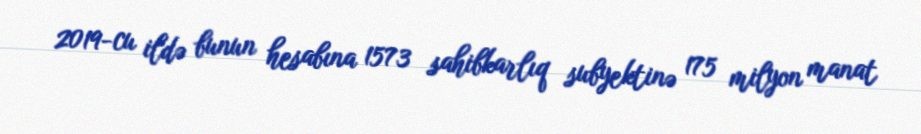
2019-cu ildə bunun hesabına 1573 sahibkarlıq subyektinə 175 milyon manat